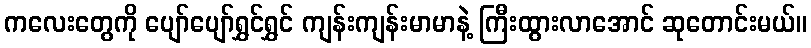
ကလေးတွေကို ပျော်ပျော်ရွှင်ရွှင် ကျန်းကျန်းမာမာနဲ့ ကြီးထွားလာအောင် ဆုတောင်းမယ်။